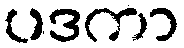
ပဒကာ